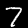
Label: 7